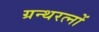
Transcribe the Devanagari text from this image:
ग्रन्थरत्नों